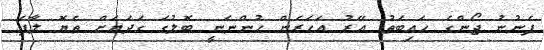
ފެނުނު ޖޯންގެ ހައިބަތު. އޭރު އަހަރެން ހުންނަނީ ބޮލުގަ ގަދަޔަށް ތެޔޮ ލާފަ.